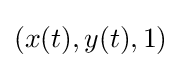
(x(t),y(t),1)